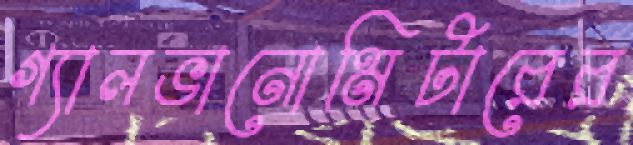
গ্যালভানোমিটারের